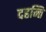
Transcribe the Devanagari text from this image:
दहन्ति